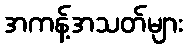
အကန့်အသတ်များ